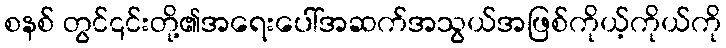
စနစ် တွင်၎င်းတို့၏အရေးပေါ်အဆက်အသွယ်အဖြစ်ကိုယ့်ကိုယ်ကို